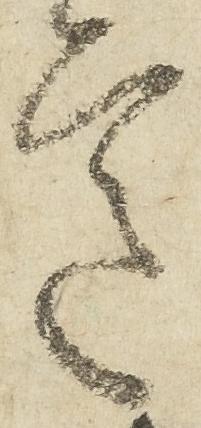
意